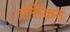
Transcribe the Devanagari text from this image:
रसिकन